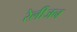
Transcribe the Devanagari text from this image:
रेलीजन